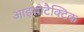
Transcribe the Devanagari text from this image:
आइसोटैक्टिक